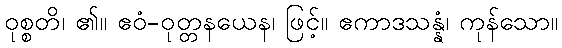
ဝုစ္စတိ၊ ၏။ ဧဝံ-ဝုတ္တနယေန၊ ဖြင့်။ ဧကာဒသန္နံ၊ ကုန်သော။